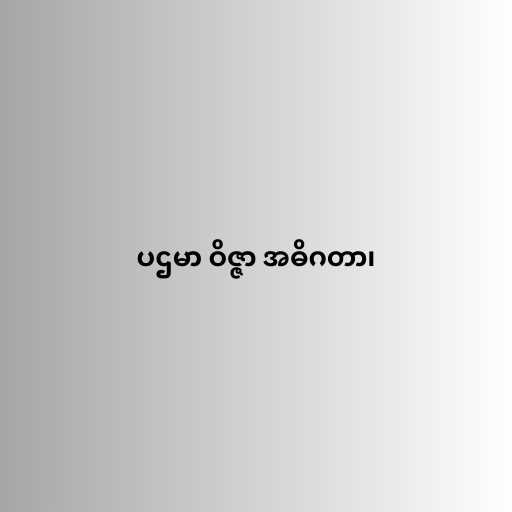
ပဌမာ ဝိဇ္ဇာ အဓိဂတာ၊